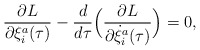
\begin{align*}\frac{\partial L}{\partial \xi^{a}_{i}(\tau)} -\frac{d}{d\tau}\Big(\frac{\partial L}{\partial\dot\xi^{a}_{i}(\tau)}\Big) =0 , \end{align*}